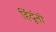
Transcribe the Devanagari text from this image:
हिंदूंनो